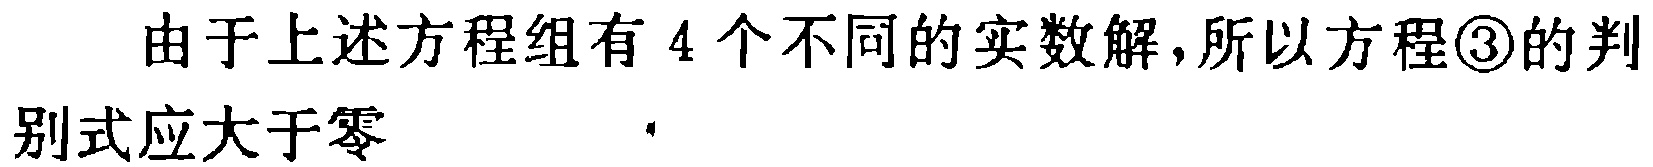
由于上述方程组有 4 个不同的实数解,所以方程\textcircled{3}的判别式应大于零